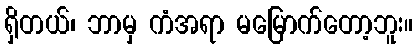
ရှိတယ်၊ ဘာမှ ကံအရာ မမြောက်တော့ဘူး။